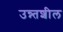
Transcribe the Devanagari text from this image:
उन्न्तशील